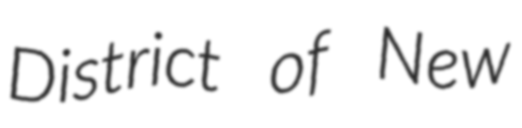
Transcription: District of New